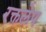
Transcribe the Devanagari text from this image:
रक्तलेप